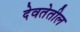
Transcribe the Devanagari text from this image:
देवतेतील